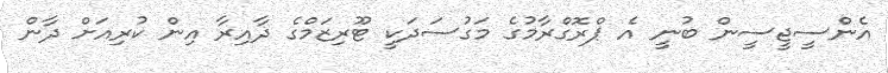
އެންސީޖީސީން ބުނީ އެ ޕްރޮގްރާމުގެ މަގުސަދަކީ ޓޫރިޒަމްގެ ދާއިރާ އިން ކުރިއަށް ދާން